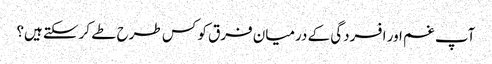
آپ غم اور افسردگی کے درمیان فرق کو کس طرح طے کرسکتے ہیں؟